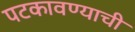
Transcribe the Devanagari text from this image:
पटकावण्याची